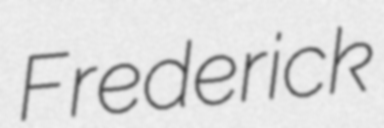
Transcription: Frederick